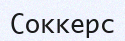
Соккерс